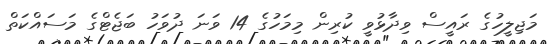
މަޖިލީހުގެ ރައީސް ވިދާޅުވީ ކުރިން މިމަހުގެ 14 ވަނަ ދުވަހު ބަޖެޓްގެ މަސައްކަތް